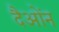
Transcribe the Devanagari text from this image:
दैओंन